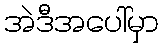
အဲဒီအပေါ်မှာ